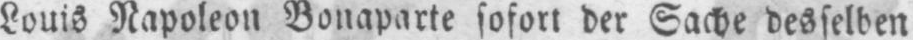
Louis Napoleon Bonaparte sofort der Sache desselben